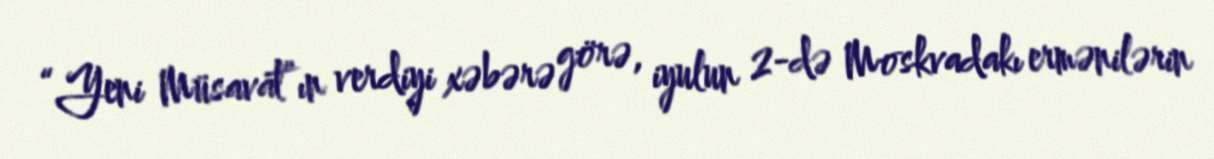
“Yeni Müsavat”ın verdiyi xəbərə görə, iyulun 2-də Moskvadakı ermənilərin